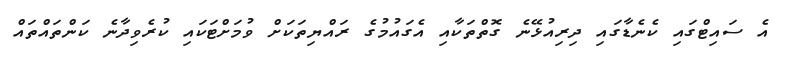
އެ ސައިޓްގައި ކެނެޑާގައި ދިރިއުޅޭނެ ގޮތްތަކާއި އެގައުމުގެ ރައްޔިތަކަށް ވުމަށްޓަކައި ކުރެވިދާނެ ކަންތައްތައް